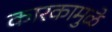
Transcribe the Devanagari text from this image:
कारकामुळे